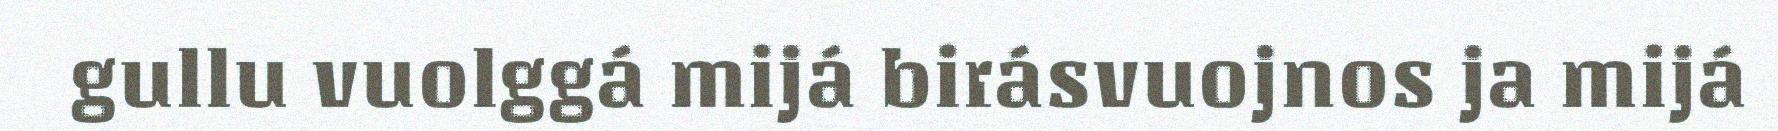
gullu vuolggá mijá birásvuojnos ja mijá